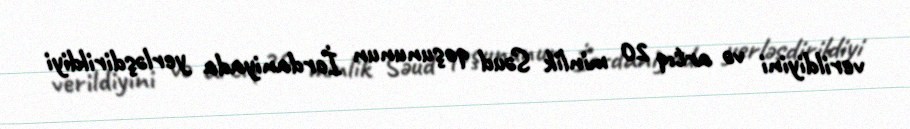
verildiyini və artıq 20 minlik Səud qoşununun İordaniyada yerləşdirildiyi